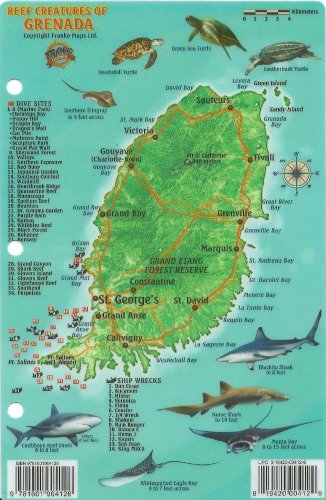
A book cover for Grenada Dive Map & Reef Creatures Guide Franko Maps Laminated Fish Card; Franko Maps Ltd.; Travel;